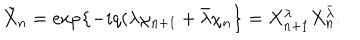
\tilde { X } _ { n } = \exp \left\{ - i q ( \lambda \chi _ { n + 1 } + \bar { \lambda } \chi _ { n } \right\} = X _ { n + 1 } ^ { \lambda } X _ { n } ^ { \bar { \lambda } } .